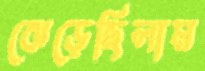
ঝেড়েছিলাম